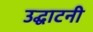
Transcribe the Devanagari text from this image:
उद्घाटनी